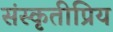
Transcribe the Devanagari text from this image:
संस्कृतीप्रिय